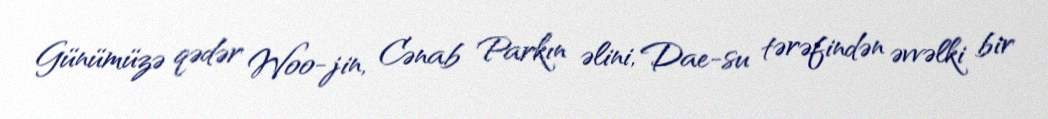
Günümüzə qədər Woo-jin, Cənab Parkın əlini, Dae-su tərəfindən əvvəlki bir